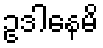
ဥဒါနေမိ